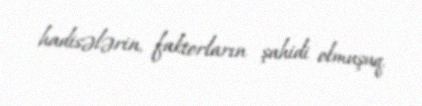
hadisələrin, faktorların şahidi olmuşuq.